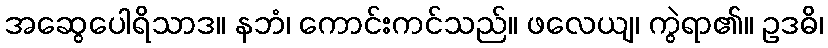
အဆွေပေါရိသာဒ။ နဘံ၊ ကောင်းကင်သည်။ ဖလေယျ၊ ကွဲရာ၏။ ဥဒဓိ၊